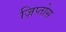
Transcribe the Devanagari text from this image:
ज़िप्तोस